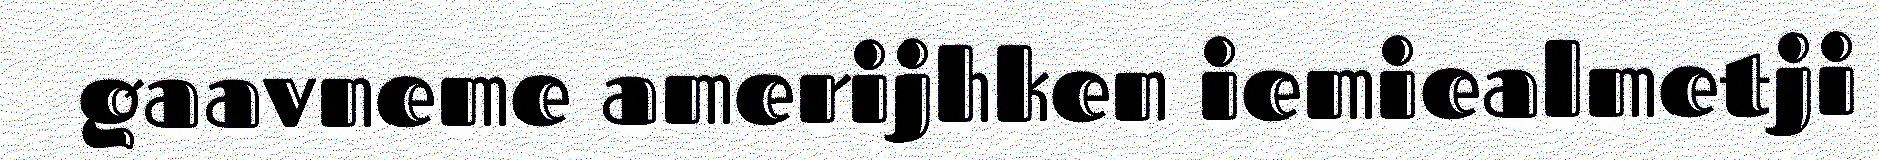
gaavneme amerijhken iemiealmetji